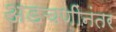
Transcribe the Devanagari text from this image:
अडचणींनंतर